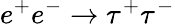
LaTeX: e^{+}e^{-}\to\tau^{+}\tau^{-}